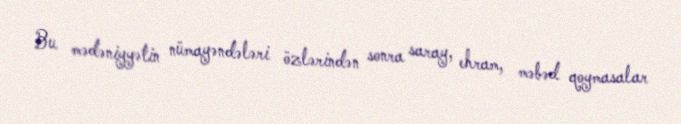
Bu mədəniyyətin nümayəndələri özlərindən sonra saray, ehram, məbəd qoymasalar